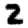
Digit: 2